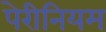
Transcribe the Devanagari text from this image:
पेरीनियम